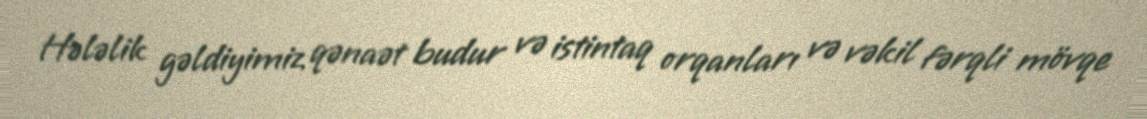
Hələlik gəldiyimiz qənaət budur və istintaq orqanları və vəkil fərqli mövqe